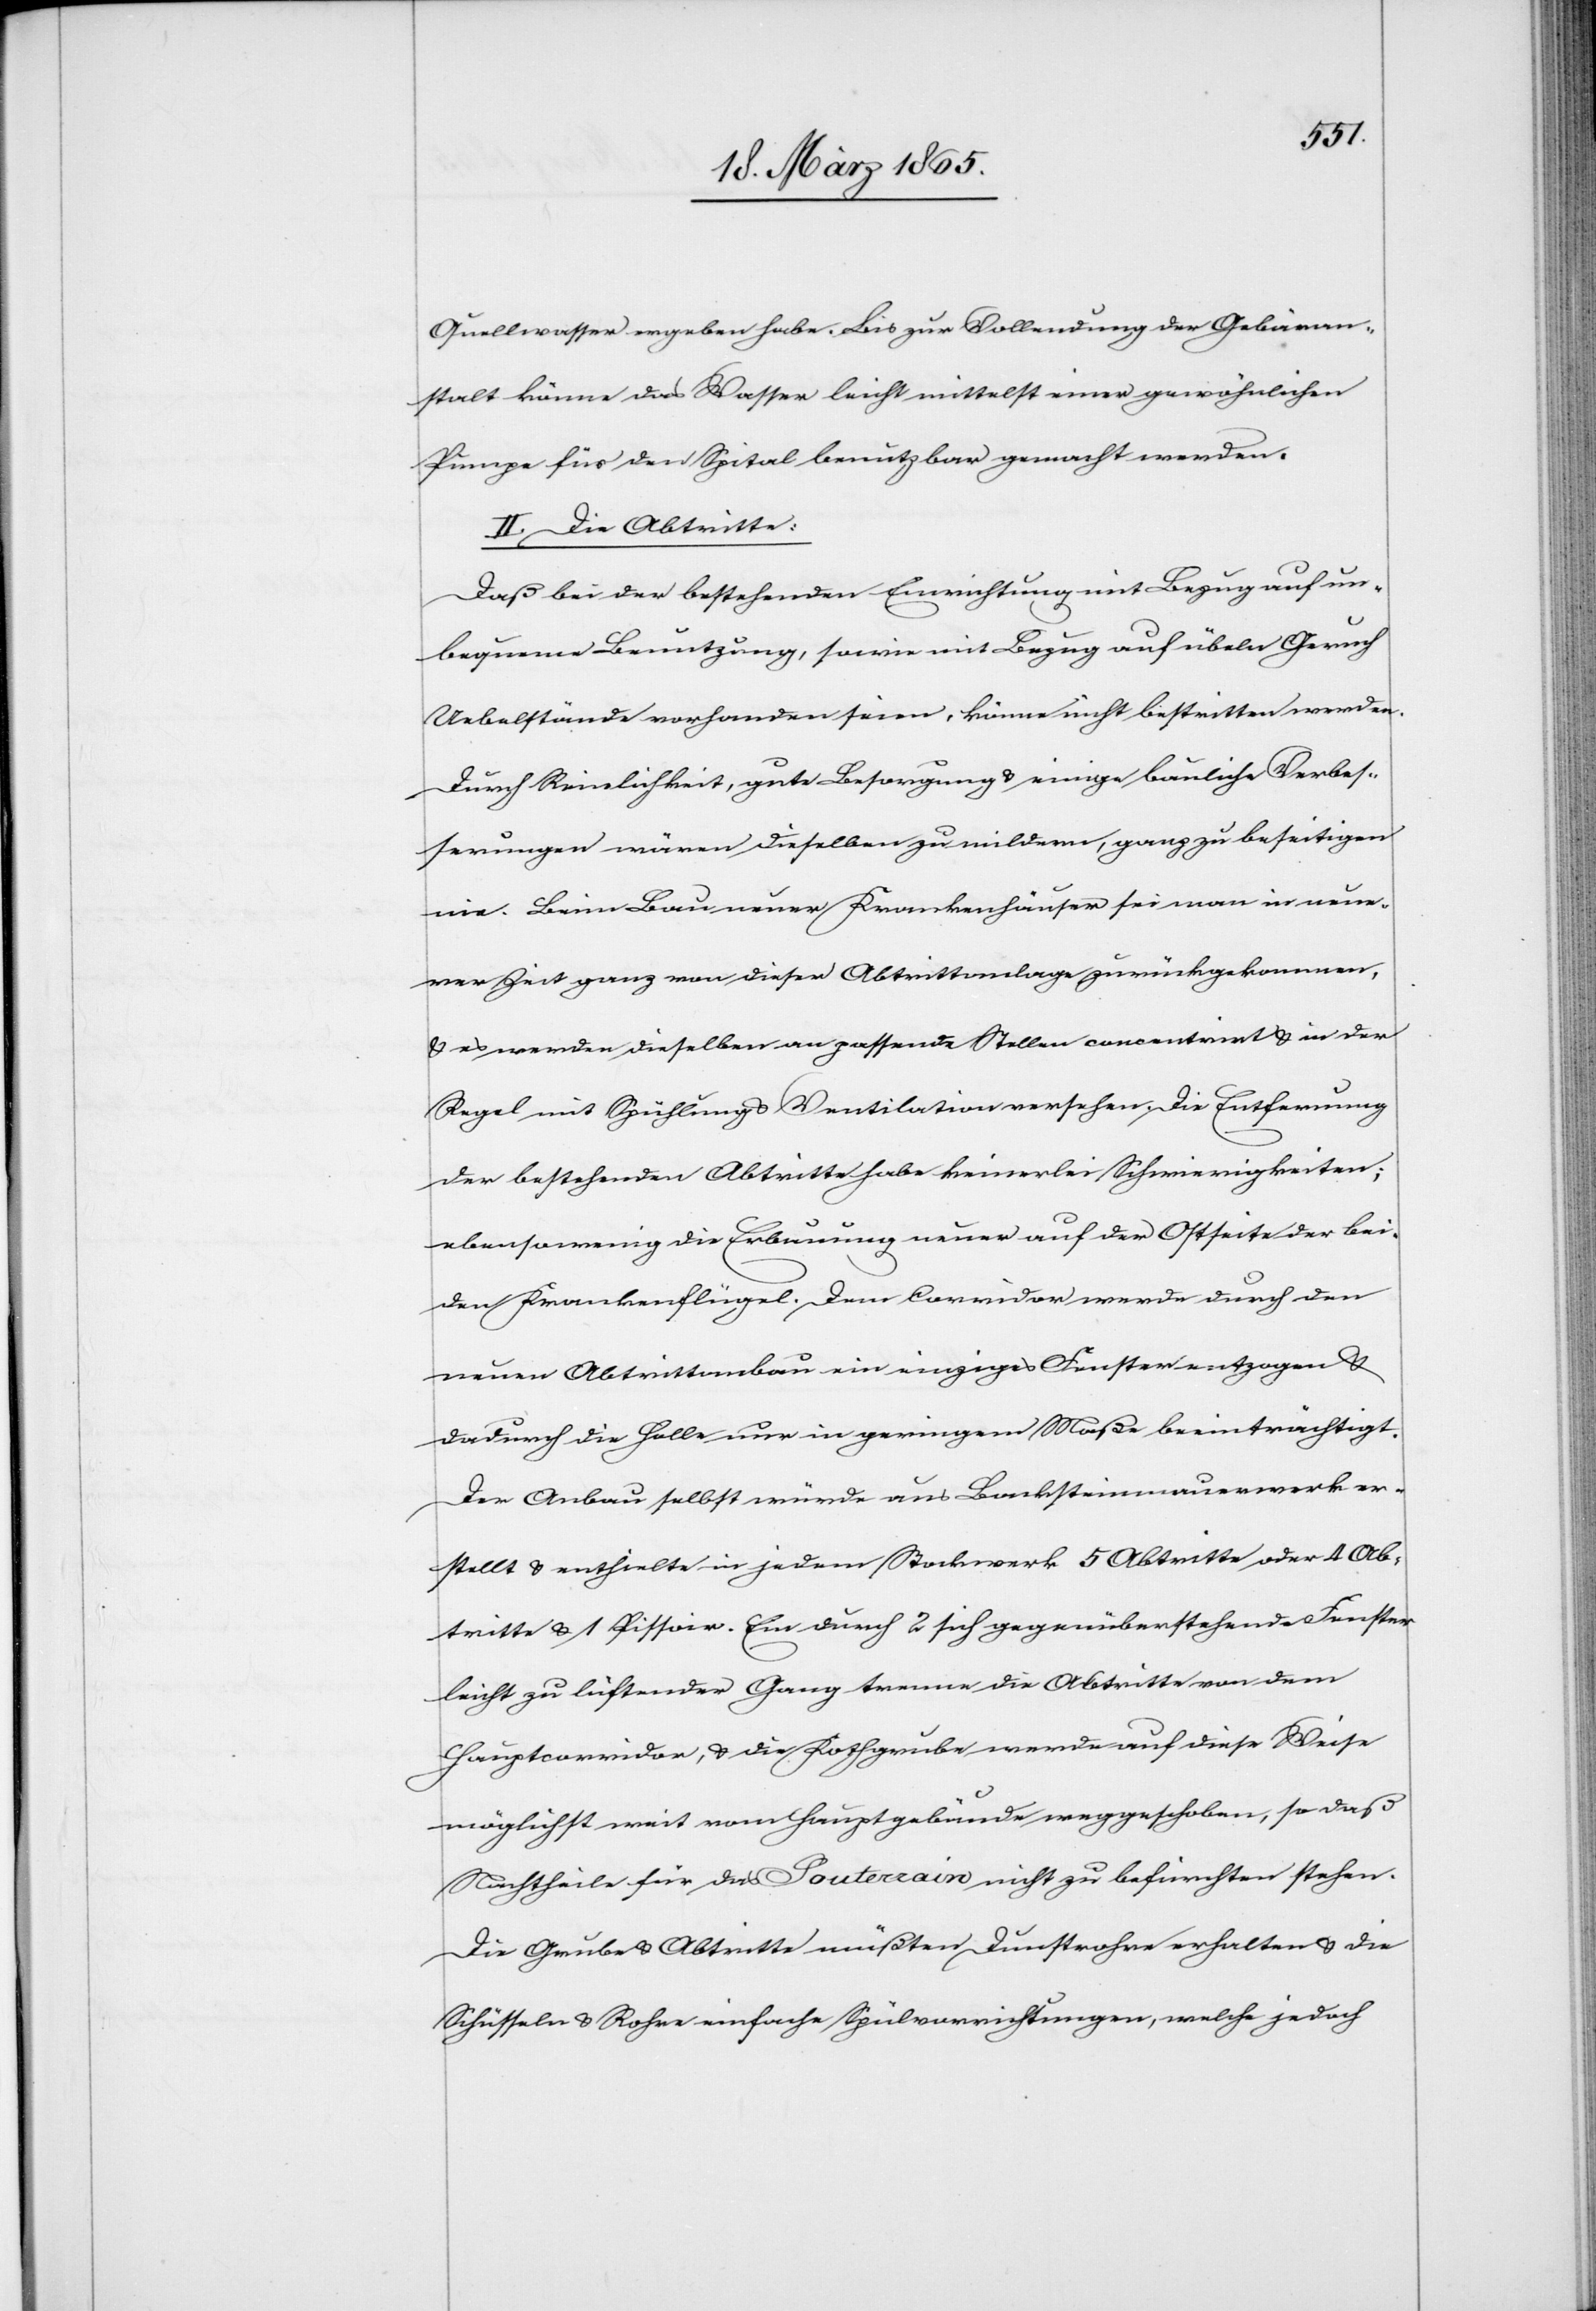
Quellwasser ergeben habe. Bis zur Vollendung der Gebäran¬
stalt könne das Wasser leicht mittelst einer gewöhnlichen
Pumpe für den Spital benutzbar gemacht werden.
II. Die Abtritte:
Daß bei der bestehenden Einrichtung mit Bezug auf un¬
bequeme Benutzung, sowie mit Bezug auf übeln Geruch
Uebelstände vorhanden seien, könne nicht bestritten werden.
Durch Reinlichkeit, gute Besorgung & einige bauliche Verbes¬
serungen wären dieselben zu mildern, ganz zu beseitigen
nie. Beim Bau neuer Krankenhäuser sei man in neue¬
rer Zeit ganz von dieser Abtrittanlage zurückgekommen,
& es werden dieselben an passende Stellen concentrirt & in der
Regel mit Spühlung & Ventilation versehen. Die Entfernung
der bestehenden Abtritte habe keinerlei Schwierigkeiten;
eben so wenig die Erbauung neuer auf der Ostseite der bei¬
den Krankenflügel. Dem Corridor werde durch den
neuen Abtrittanbau ein einziges Fenster entzogen &
dadurch die Halle nur in geringem Maße beeinträchtigt.
Der Anbau selbst würde aus Backsteinmauerwerk er¬
stellt & enthielte in jedem Stockwerk 5 Abritte oder 4 Ab¬
tritte & 1 Pissoir. Ein durch 2 sich gegenüberstehende Fenster
leicht zu lüftender Gang trenne die Abritte von dem
Hauptcorridor, & die Kothgrube werde auf diese Weise
möglichst weit vom Hauptgebäude weggeschoben, so daß
Nachtheile für das Souterrain nicht zu befürchten stehen.
Die Grube & Abtritte müßten Dunstrohre erhalten & die
Schüsseln & Rohre einfache Spülvorrichtungen, welche jedoch